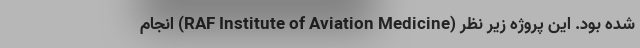
شده بود. این پروژه زیر نظر (RAF Institute of Aviation Medicine) انجام